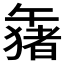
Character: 𱑒